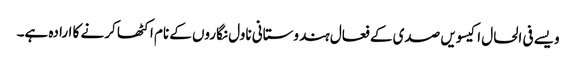
ویسے فی الحال اکیسویں صدی کے فعال ہندوستانی ناول نگاروں کے نام اکٹھا کرنے کا ارادہ ہے۔